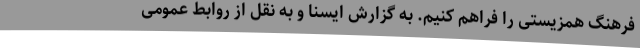
فرهنگ همزیستی را فراهم کنیم. به گزارش ایسنا و به نقل از روابط عمومی